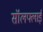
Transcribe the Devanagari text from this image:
सॉलफ्लाई